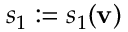
s _ { 1 } : = s _ { 1 } ( \mathbf { v } )